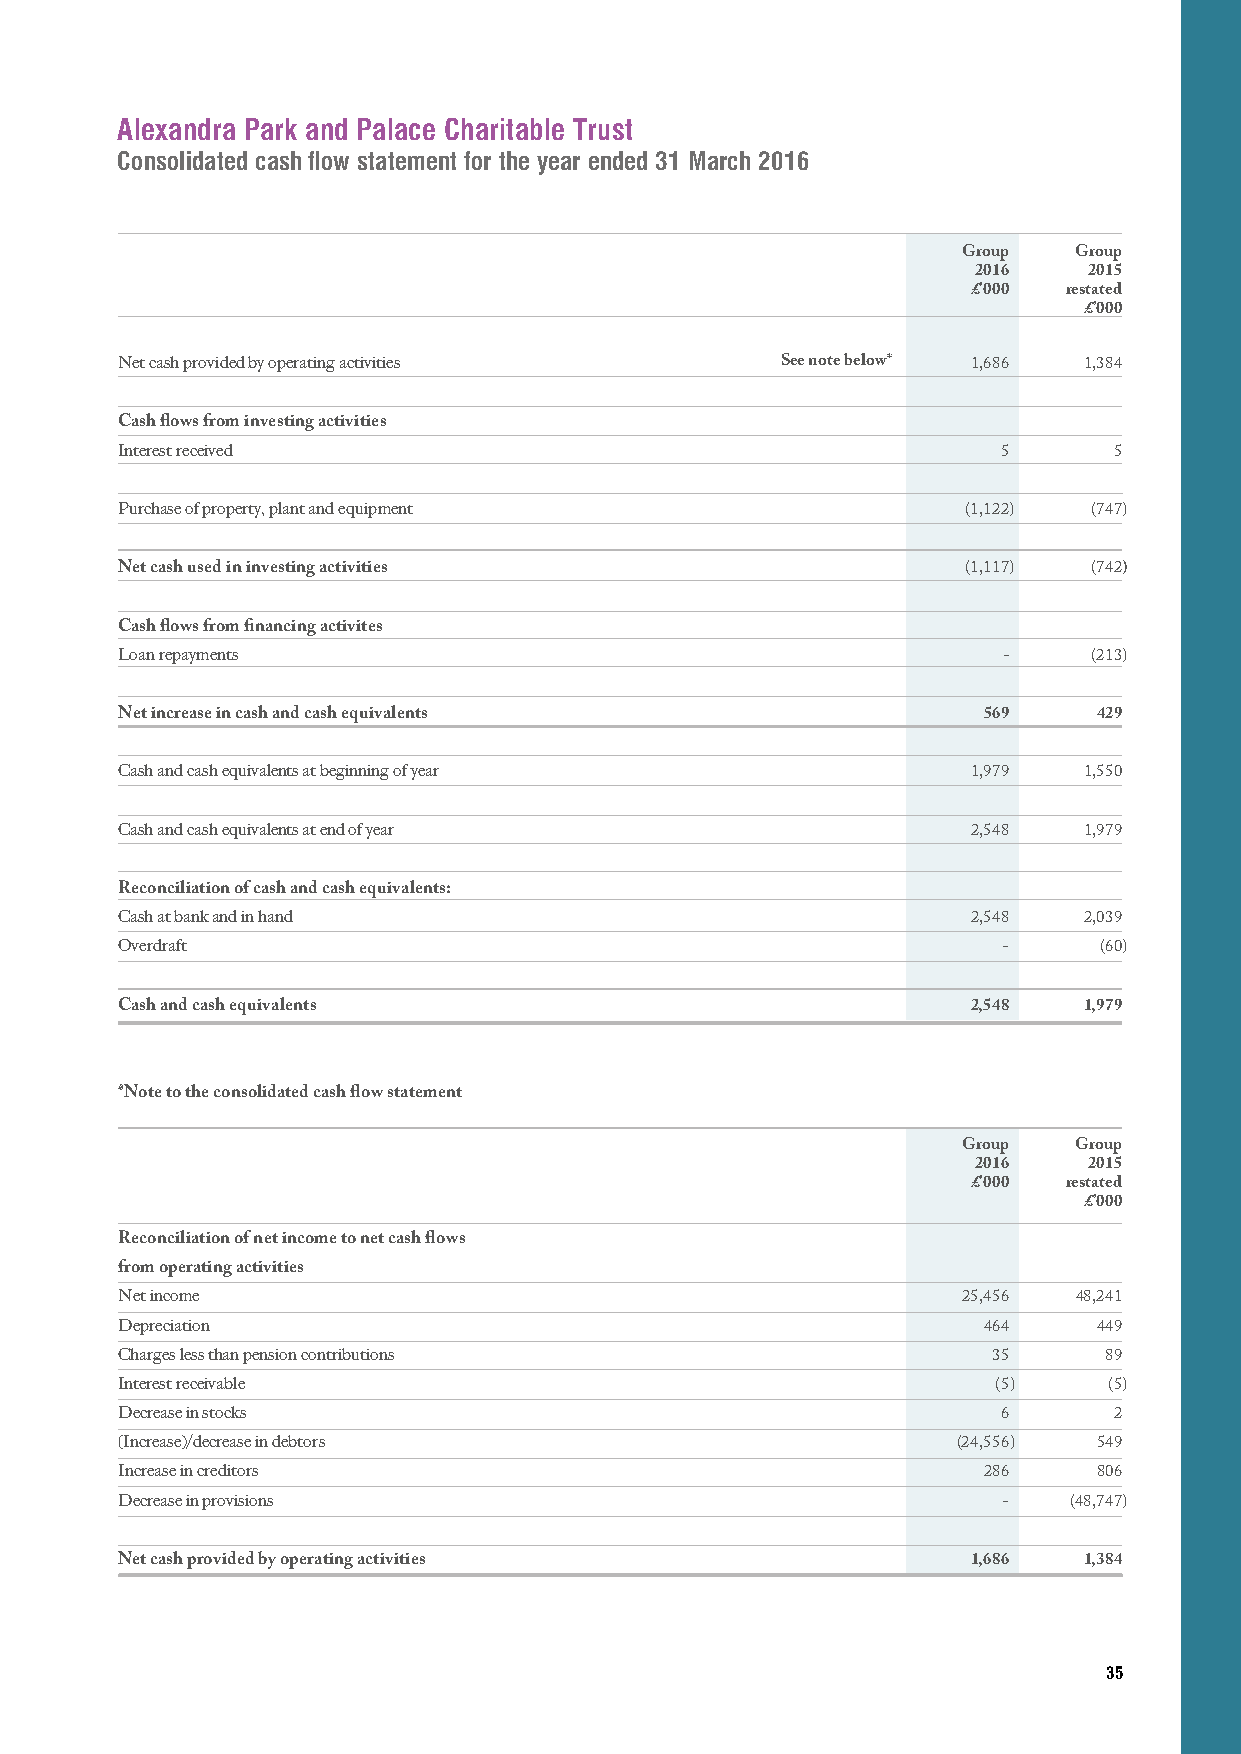
Alexandra Park and Palace Charitable Trust
 Consolidated cash flow statement for the year ended 31 March 2016
 Group  Group
 2016   2015
 £’000  restated
 £’000
 Net cash provided by operating activities   See note below* 1,686 1,384
 Cash flows from investing activities
 Interest received                                         5       5
 Purchase of property, plant and equipment               (1,122) (747)
 Net cash used in investing activities                   (1,117) (742)
 Cash flows from financing activites
 Loan repayments                                           -     (213)
 Net increase in cash and cash equivalents                569     429
 Cash and cash equivalents at beginning of year          1,979   1,550
 Cash and cash equivalents at end of year                2,548   1,979
 Reconciliation of cash and cash equivalents:
 Cash at bank and in hand                                2,548   2,039
 Overdraft                                                 -      (60)
 Cash and cash equivalents                               2,548   1,979
 *Note to the consolidated cash flow statement
 Group  Group
 2016   2015
 £’000  restated
 £’000
 Reconciliation of net income to net cash flows
 from operating activities
 Net income                                              25,456 48,241
 Depreciation                                             464     449
 Charges less than pension contributions                   35     89
 Interest receivable                                       (5)    (5)
 Decrease in stocks                                        6       2
 (Increase)/decrease in debtors                         (24,556)  549
 Increase in creditors                                    286     806
 Decrease in provisions                                    -    (48,747)
 Net cash provided by operating activities               1,686   1,384
 35